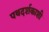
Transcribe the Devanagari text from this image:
पथदर्शकाशी